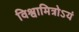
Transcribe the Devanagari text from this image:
विश्वामित्रोऽयं